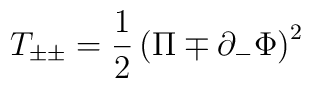
T_{\pm\pm}={1\over2}\left(\Pi\mp\partial_-\Phi\right)^2